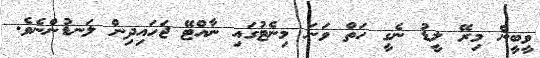
ވީބީން މިރޭ ލީޑު ނެގީ ހަތް ވަނަ މިނެޓުގައި ނާއްޓޭ ޖަހައިދިން ލަނޑުންނެވެ.